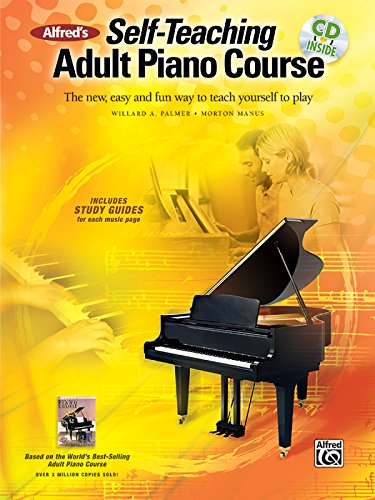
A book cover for Alfred's Self-Teaching Adult Piano Course: The New, Easy and Fun Way to Teach Yourself to Play( Book & CD); Morton Manus; Humor & Entertainment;